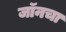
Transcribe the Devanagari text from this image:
जॉनचा